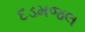
દડમજલ